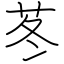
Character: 苳